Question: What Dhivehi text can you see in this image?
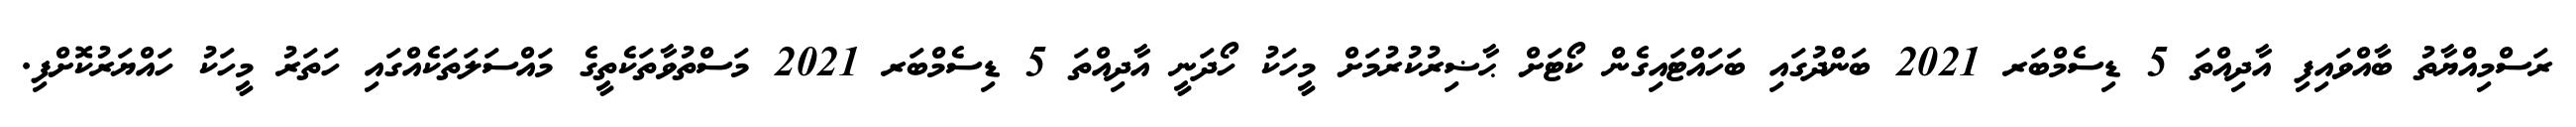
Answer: ރަސްމިއްޔާތު ބާއްވައިފި އާދިއްތަ 5 ޑިސެމްބަރ 2021 ބަންދުގައި ބަހައްޓައިގެން ކޯޓަށް ޙާޟިރުކުރުމަށް މީހަކު ހޯދަނީ އާދިއްތަ 5 ޑިސެމްބަރ 2021 މަސްތުވާތަކެތީގެ މައްސަލަތަކެއްގައި ހަތަރު މީހަކު ހައްޔަރުކޮށްފި.